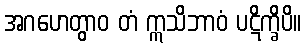
အဂဟေတွာဝ တံ ဣသိဘာဝံ ပဋိက္ခိပိ။